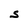
Character: S